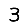
Digit: 3